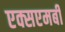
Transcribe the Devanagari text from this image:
एक्सएमबी